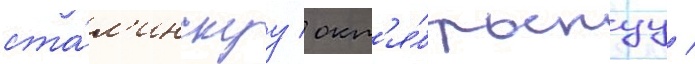
ста́л'инскуу / окт'я́брьскуу /